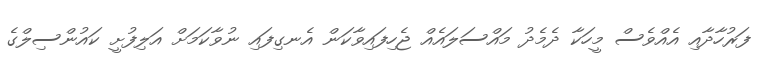
ފަރުހާދާއި އެއްވެސް މީހަކާ ދެމެދު މައްސަލައެއް ޖެހިފައިވާކަން އެނގިފައި ނުވާކަމަށް އަލިފުށީ ކައުންސިލްގެ